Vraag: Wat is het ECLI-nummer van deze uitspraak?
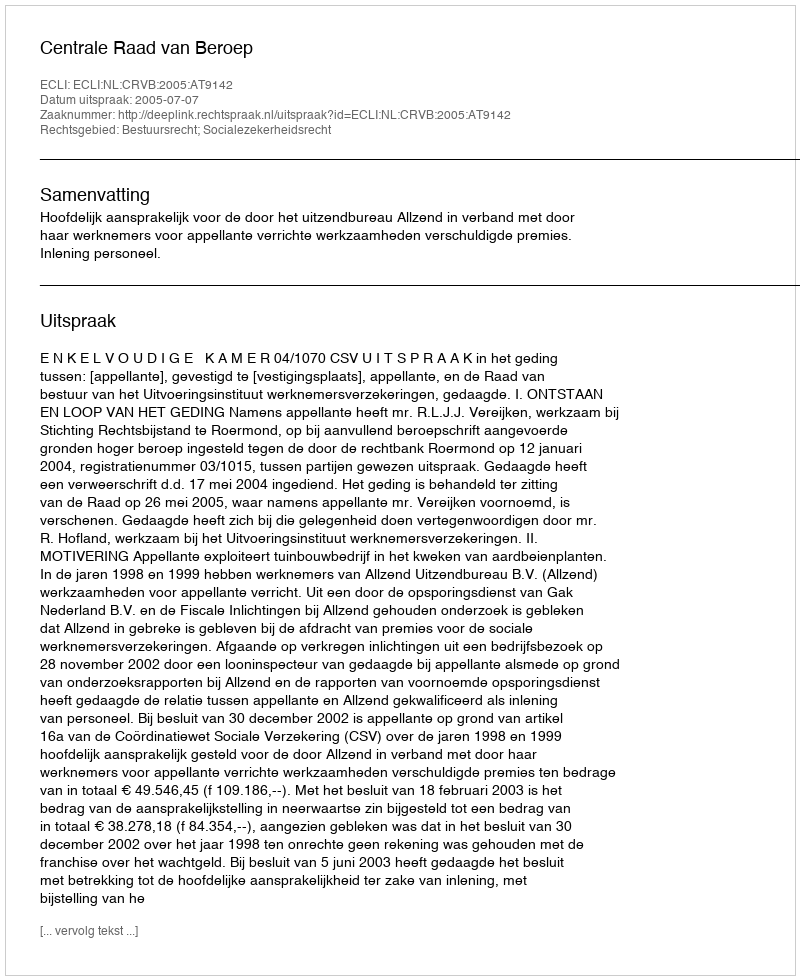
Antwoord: ECLI:NL:CRVB:2005:AT9142